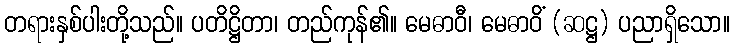
တရားနှစ်ပါးတို့သည်။ ပတိဋ္ဌိတာ၊ တည်ကုန်၏။ မေဓာဝီ၊ မေဓာဝိံ (ဆဋ္ဌ) ပညာရှိသော။